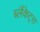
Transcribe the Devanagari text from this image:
ब्लैंकेट्स